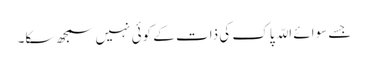
جسے سوائے اللّہ پاک کی ذات کے کوئی نہیں سمجھ سکا۔